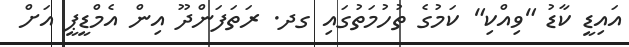
އައިޑީ ކާޑު "ވިއްކި" ކަމުގެ ތުހުމަތުގައި ގދ. ރަތަފަންދޫ އިން އެމްޑީޕީ އަށް